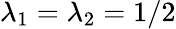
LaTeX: \lambda_{1}=\lambda_{2}=1/2